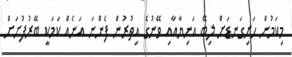
މިކަމުން ހަށިގަނޑަށް ލިބޭ އަނިޔާއާއި ވޭނުގެ އިތުރުން ފެންނަ އަނެއް ކަމަކީ ބޭރުފުށަށް